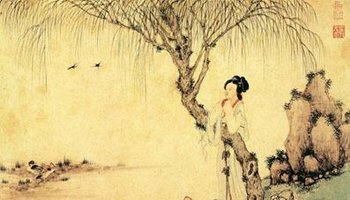
双燕飞来，陌上相逢否？撩乱春愁如柳絮。